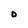
Character: O